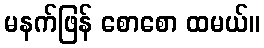
မနက်ဖြန် စောစော ထမယ်။